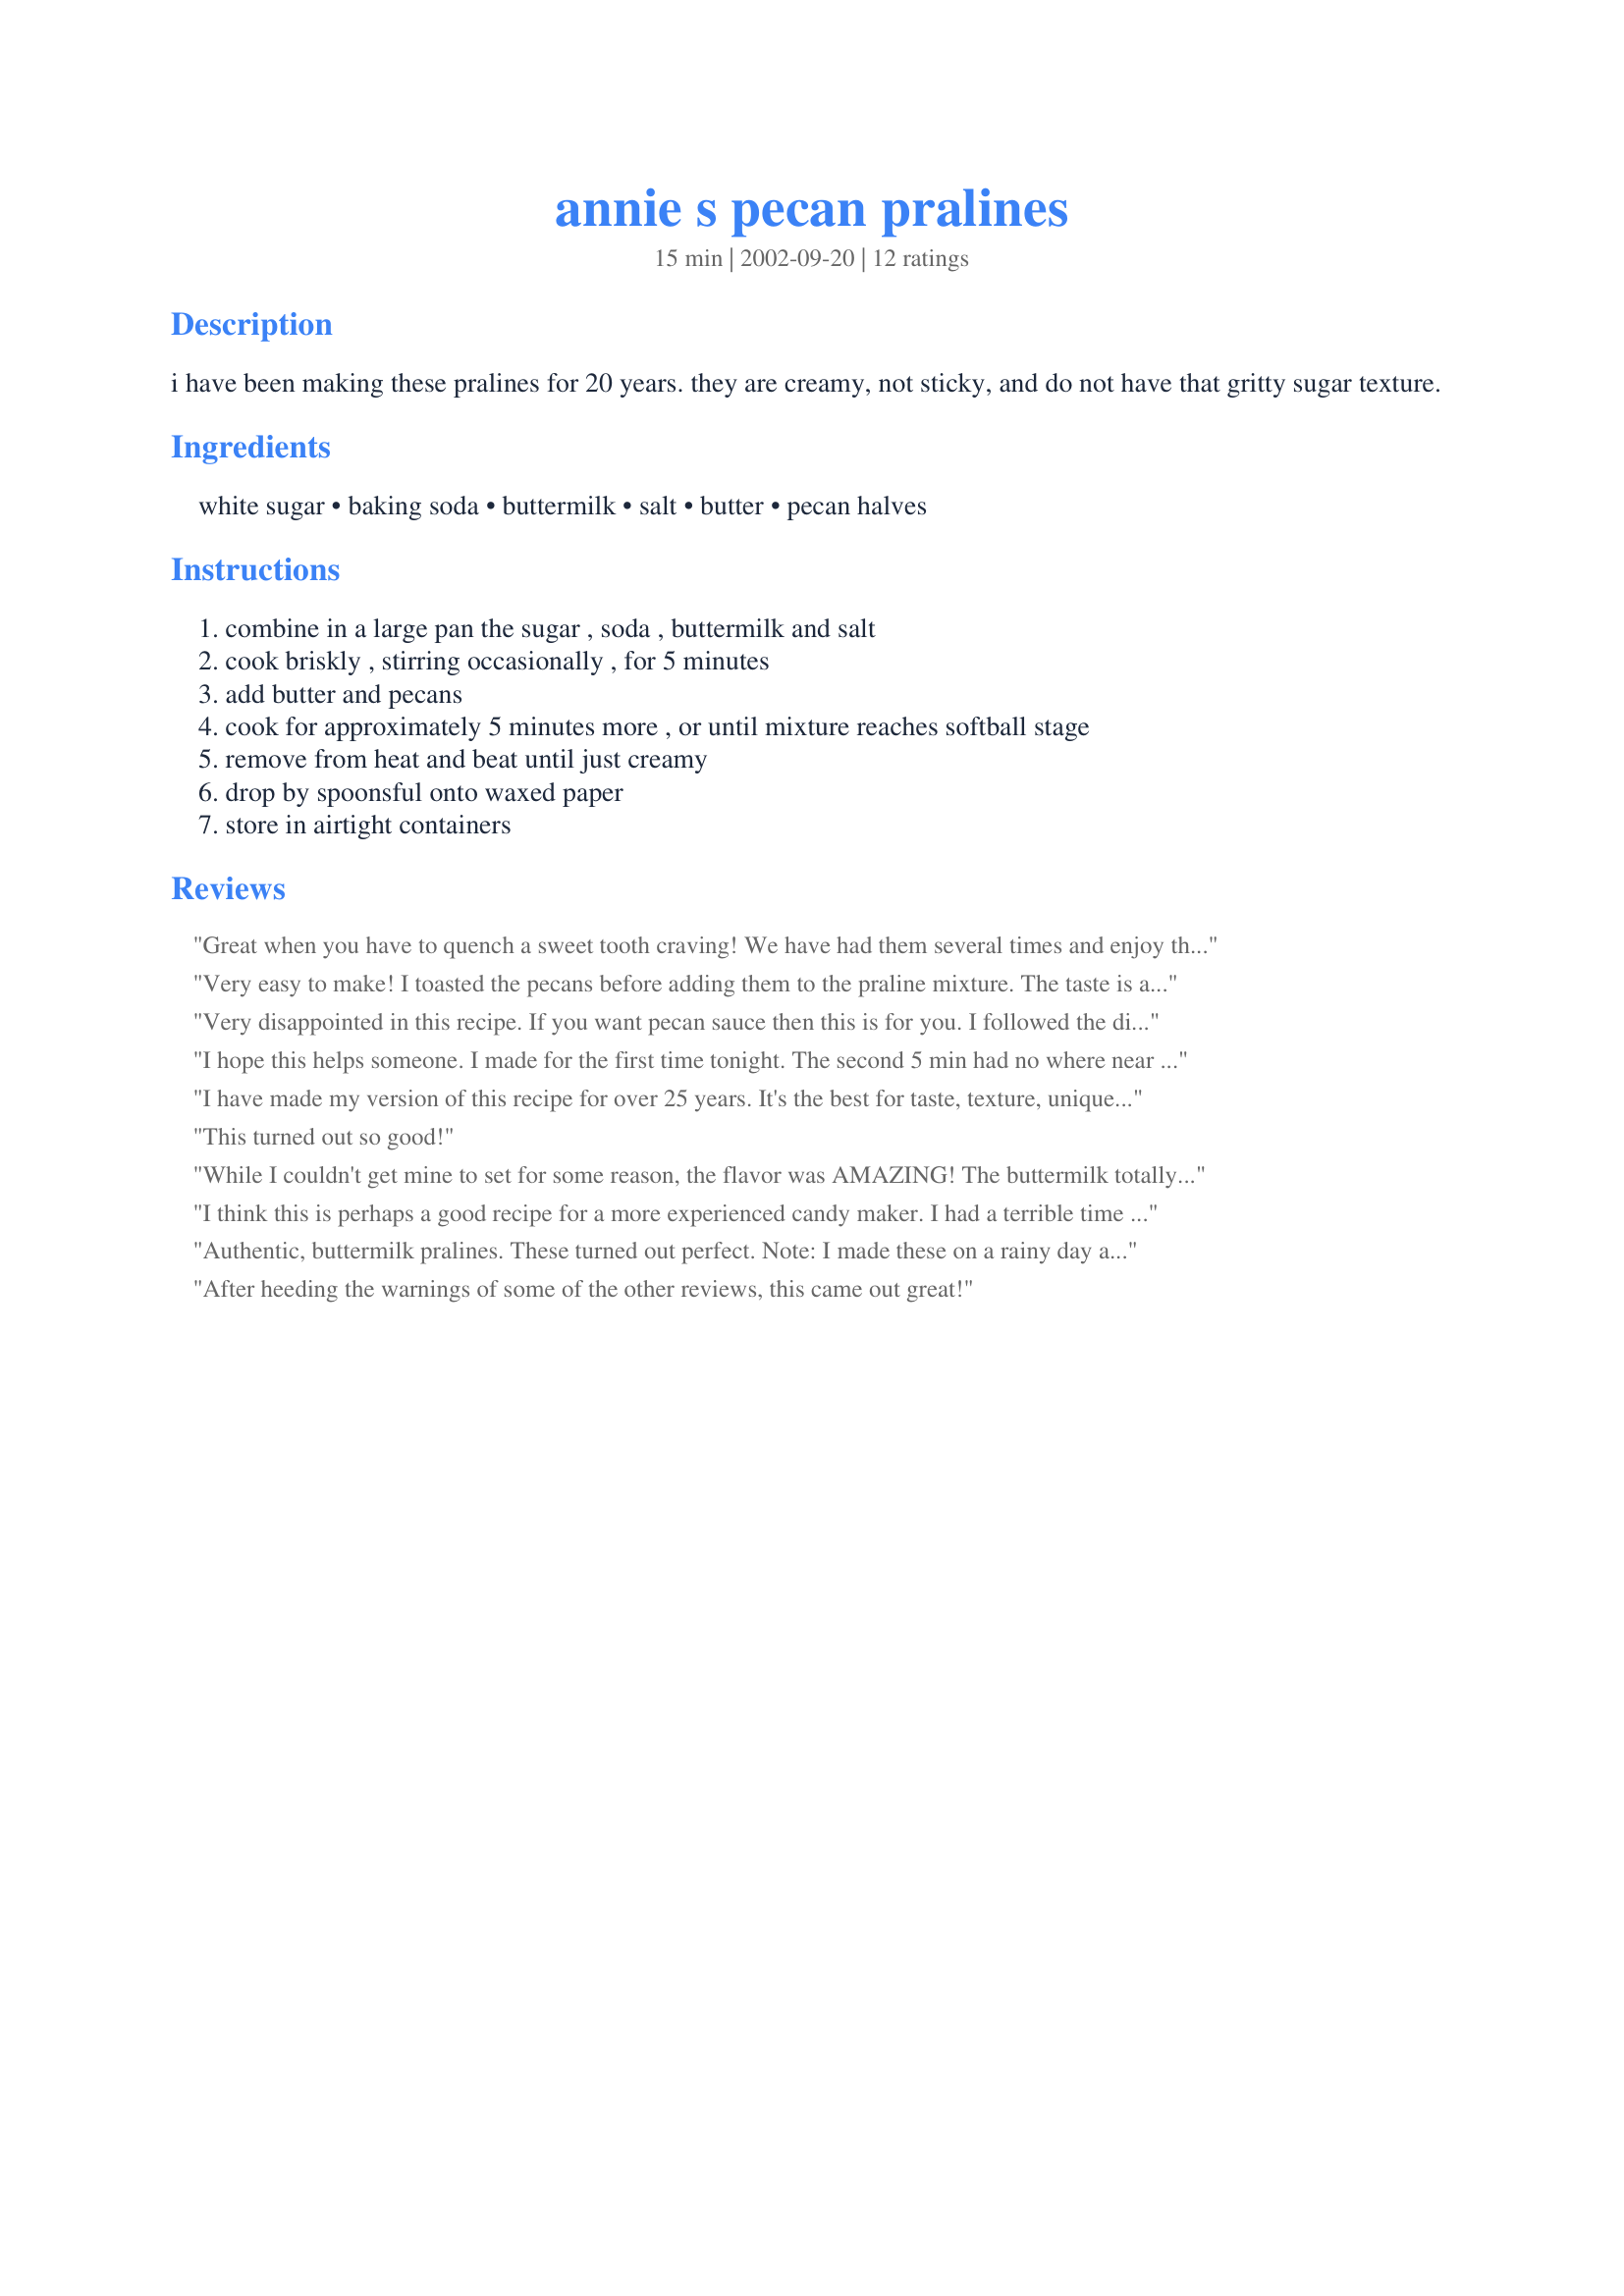
annie s pecan pralines
Preparation time: 15 minutes

i have been making these pralines for 20 years. they are creamy, not sticky, and do not have that gritty sugar texture.

Ingredients:
white sugar, baking soda, buttermilk, salt, butter, pecan halves

Steps:
combine in a large pan the sugar , soda , buttermilk and salt, cook briskly , stirring occasionally , for 5 minutes, add butter and pecans, cook for approximately 5 minutes more , or until mixture reaches softball stage, remove from heat and beat until just creamy, drop by spoonsful onto waxed paper, store in airtight containers

Reviews:
Great when you have to quench a sweet tooth craving! We have had them several times and enjoy them every time!
Very easy to make! I toasted the pecans before adding them to the praline mixture. The taste is amazing! Best pralines I ever tasted! I scaled it down as I only had 1.5 cups of pecans and the calculator worked great.
Very disappointed in this recipe. If you want pecan sauce then this is for you. I followed the directions exactly and they never set up. Expensive flop in my kitchen.
I hope this helps someone. I made for the first time tonight. The second 5 min had no where near reached soft boil. After another 20 additional it still hovered at 200. At this point my mixture was as dark as coffee. I cranked the heat up to 8 but could smell a burn so I quickly took off. I went on and tried. I spooned onto the paper. I waited and they were not runny but oh so sticky like caramel sauce. I had bought organic pecans from Whole Foods and had no intentions of tossing down the sink at those prices. I tasted and the taste was great although I had to scrape with a spoon and eat off of the spoon. This morning I thought, hmm they are like caramel and what does caramel do in the fridge? It hardens. So, I took a chance and put in the fridge. They are still a bit sticky BUT hallelujah they peeled off the paper as a praline vs scraping on a spoon. I was afraid my thermometer might have been broken for it not to work but I see others had that same problem so I&quot;m not sure what happened. I'd love to know how the one that wrote this reciepe got perfection after only 5 minutes. The taste is wonderful so don't think you've burned it if it turns this dark, who knows, it may even taste better this dark.
I have made my version of this recipe for over 25 years. It's the best for taste, texture, uniqueness and ease of prep. LOSE THE GRAININESS!
One question...why did you leave out the teaspoon of pure vanilla that goes in just before the beating process?
I imagine I can detect when the vanilla is left out. Also if margarine is substituted for real butter (unsalted). I like to control my own salt.
This turned out so good!
While I couldn't get mine to set for some reason, the flavor was AMAZING! The buttermilk totally made this recipe. We ended up using the mixture as a caramel-type topping on vanilla ice cream and it was a huge hit. Next time, though, I'll probably try the other suggestions to see if I can get them to set somehow. Otherwise, I'll try substituting buttermilk for cream in the recipe I normally use and see how that works.
I think this is perhaps a good recipe for a more experienced candy maker. I had a terrible time getting these to set up. Lots of variables, I know. I finally found another buttermilke recipe from the joy of cooking. It is identical to this recipe (ingredient wise) except that it add 1/2 cup packed brown sugar. This does result in a slight sweeter praline but for me at least, it has a higher success rate.

A couple of notes on what I ended up doing...I dissolve the sugar, buttermilk, salt and baking soda. Then under low heat, add 4 Tbsp butter in small chunks and stir until melted. Then insert candy thermometer, increase heat to medium and don't touch it. Don't stir until it reaches softball stage. Then, quickly remove it from the heat, add 1 tsp vanilla and the nuts and then stir vigorously for about 1 minute. The mixture does get creamy and opaque.

The brown sugar gives this recipe the color you are used to seeing on NO pralines...kind of a butterscotch color. The all white sugar produces a very dark praline, in fact they look like chocolate. 

I don't intend to knock this recipe, the flavor as written is superb. With a little more experience, I could probably get them to turn out correctly.
Authentic, buttermilk pralines. These turned out perfect. Note: I made these on a rainy day and it took at least 10 minutes for my mixture to hit 234 after adding the pecans and butter. Also, I stirred constantly to make sure the pecans didn't burn.
After heeding the warnings of some of the other reviews, this came out great!
While this might not sound good to you...Guys LOVE this...to the listed recipe, add 1 seeded/diced jalapeno( I chop my extremely small)...This give a hint of kick to the sugary delight of the candy...Hope you like it as much as we have...
Perfect!!! My DH loves pralines, so I thought I'd surprise him and make him a batch. I hadn't made pralines, since I helped my mom in the kitchen when I was a teen, so this was my first attempt at making them on my own. The directions were simple and easy to follow. Your hint about placing a newspaper under the waxed paper was very helpful, it worked like a charm. DH was really surprised and we both thought they were wonderful. Thank you Miss Annie for another winning recipe!
